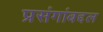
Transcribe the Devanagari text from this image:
प्रसंगांबद्दल